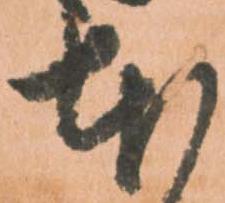
本